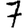
Digit: 7